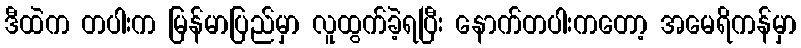
ဒီထဲက တပါးက မြန်မာပြည်မှာ လူထွက်ခဲ့ရပြီး နောက်တပါးကတော့ အမေရိကန်မှာ